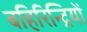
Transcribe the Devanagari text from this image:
बहिरिन्द्रियों